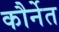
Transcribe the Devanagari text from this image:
कौर्नेत